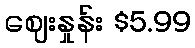
ဈေးနှုန်း $5.99